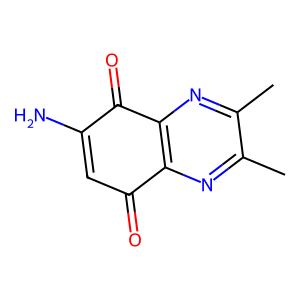
SMILES: Cc1nc2c(nc1C)C(=O)C(N)=CC2=O
Inhibits HIV replication: No